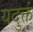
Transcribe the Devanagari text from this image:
यदुक्तं